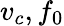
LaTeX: v_{c},f_{0}